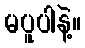
မပူပါနဲ့။